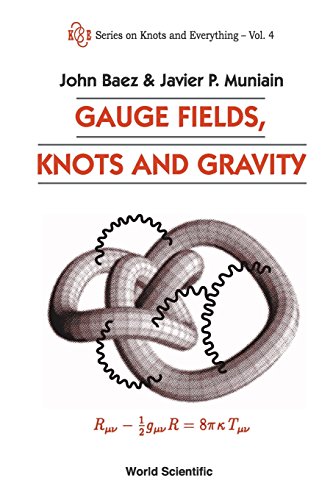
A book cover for GAUGE FIELDS, KNOTS AND GRAVITY (Series on Knots and Everything); John Baez; Science & Math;